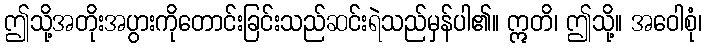
ဤသို့အတိုးအပွားကိုတောင်းခြင်းသည်ဆင်းရဲသည်မှန်ပါ၏။ ဣတိ၊ ဤသို့။ အဝေါစုံ၊